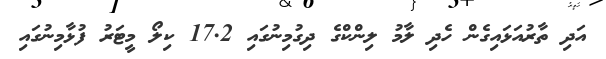
އަދި ތާރުއަޅައިގެން ހެދި ލާމު ލިންކްގެ ދިގުމިނުގައި 17.2 ކިލޯ މީޓަރު ފުޅާމިނުގައި